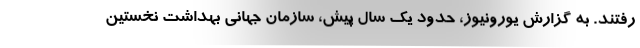
رفتند. به گزارش یورونیوز، حدود یک سال پیش، سازمان جهانی بهداشت نخستین